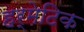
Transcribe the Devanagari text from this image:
हर्मेटिक